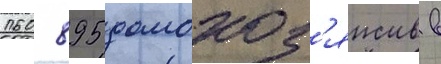
160 895 домохоз'яиств в